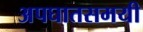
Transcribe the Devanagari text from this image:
अपघातसमयी